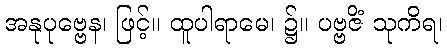
အနုပုဗ္ဗေန၊ ဖြင့်။ ထူပါရာမေ၊ ၌။ ပဗ္ဗဇိံ သုကိရ၊